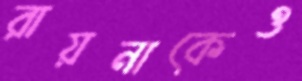
রায়নাকেও